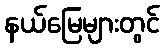
နယ်မြေများတွင်